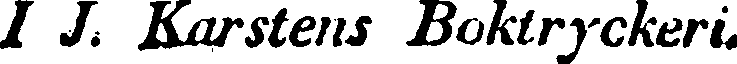
I J. Karstens Boktryckeri.